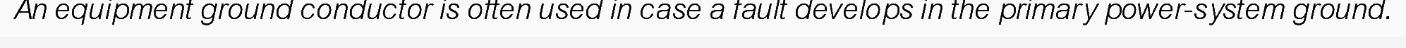
An equipment ground conductor is often used in case a fault develops in the primary power-system ground.